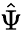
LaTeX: \hat{\Psi}